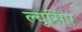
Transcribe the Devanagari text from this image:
ल्युसिए